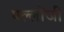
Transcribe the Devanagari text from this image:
पल्लोंजी